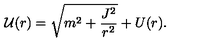
{ \cal U } ( r ) = \sqrt { m ^ { 2 } + \frac { J ^ { 2 } } { r ^ { 2 } } } + U ( r ) .